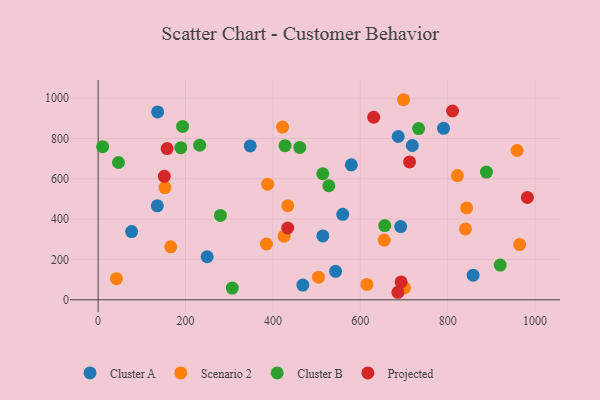
{"axis": {"x": "Distance", "y": "Yield"}, "legend": ["Cluster A", "Cluster B", "Projected", "Scenario 2"], "data": [{"x": "692.5", "y": 363.1, "type": "Cluster A"}, {"x": "136.2", "y": 931.2, "type": "Cluster A"}, {"x": "719.1", "y": 764.9, "type": "Cluster A"}, {"x": "468.6", "y": 73.2, "type": "Cluster A"}, {"x": "76.7", "y": 338.3, "type": "Cluster A"}, {"x": "790.6", "y": 850.2, "type": "Cluster A"}, {"x": "579.6", "y": 669.0, "type": "Cluster A"}, {"x": "543.5", "y": 141.0, "type": "Cluster A"}, {"x": "858.3", "y": 121.8, "type": "Cluster A"}, {"x": "135.5", "y": 465.7, "type": "Cluster A"}, {"x": "686.9", "y": 809.5, "type": "Cluster A"}, {"x": "514.3", "y": 316.8, "type": "Cluster A"}, {"x": "249.6", "y": 213.4, "type": "Cluster A"}, {"x": "559.9", "y": 423.6, "type": "Cluster A"}, {"x": "348.1", "y": 763.0, "type": "Cluster A"}, {"x": "385.3", "y": 276.7, "type": "Scenario 2"}, {"x": "434.1", "y": 466.2, "type": "Scenario 2"}, {"x": "504.4", "y": 112.2, "type": "Scenario 2"}, {"x": "701.2", "y": 59.1, "type": "Scenario 2"}, {"x": "654.8", "y": 296.3, "type": "Scenario 2"}, {"x": "840.7", "y": 351.1, "type": "Scenario 2"}, {"x": "615.2", "y": 76.4, "type": "Scenario 2"}, {"x": "388.1", "y": 573.2, "type": "Scenario 2"}, {"x": "425.7", "y": 315.3, "type": "Scenario 2"}, {"x": "964.7", "y": 273.7, "type": "Scenario 2"}, {"x": "699.0", "y": 991.8, "type": "Scenario 2"}, {"x": "41.7", "y": 104.9, "type": "Scenario 2"}, {"x": "422.1", "y": 856.3, "type": "Scenario 2"}, {"x": "166.2", "y": 262.4, "type": "Scenario 2"}, {"x": "822.4", "y": 616.0, "type": "Scenario 2"}, {"x": "843.4", "y": 455.6, "type": "Scenario 2"}, {"x": "959.0", "y": 740.2, "type": "Scenario 2"}, {"x": "153.0", "y": 556.2, "type": "Scenario 2"}, {"x": "461.5", "y": 755.1, "type": "Cluster B"}, {"x": "189.3", "y": 754.0, "type": "Cluster B"}, {"x": "279.9", "y": 418.3, "type": "Cluster B"}, {"x": "193.4", "y": 859.6, "type": "Cluster B"}, {"x": "920.2", "y": 172.2, "type": "Cluster B"}, {"x": "10.3", "y": 758.9, "type": "Cluster B"}, {"x": "46.6", "y": 680.7, "type": "Cluster B"}, {"x": "656.0", "y": 368.1, "type": "Cluster B"}, {"x": "307.0", "y": 57.9, "type": "Cluster B"}, {"x": "232.4", "y": 766.6, "type": "Cluster B"}, {"x": "888.8", "y": 633.0, "type": "Cluster B"}, {"x": "528.0", "y": 565.4, "type": "Cluster B"}, {"x": "427.8", "y": 763.9, "type": "Cluster B"}, {"x": "514.2", "y": 624.8, "type": "Cluster B"}, {"x": "733.6", "y": 848.6, "type": "Cluster B"}, {"x": "693.5", "y": 88.7, "type": "Projected"}, {"x": "151.5", "y": 612.3, "type": "Projected"}, {"x": "157.9", "y": 749.4, "type": "Projected"}, {"x": "811.2", "y": 935.8, "type": "Projected"}, {"x": "712.8", "y": 683.6, "type": "Projected"}, {"x": "630.7", "y": 904.9, "type": "Projected"}, {"x": "982.5", "y": 507.5, "type": "Projected"}, {"x": "433.9", "y": 355.8, "type": "Projected"}, {"x": "686.2", "y": 37.3, "type": "Projected"}]}